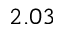
2 . 0 3